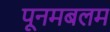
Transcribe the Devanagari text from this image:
पूनमबलम